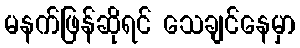
မနက်ဖြန်ဆိုရင် သေချင်နေမှာ